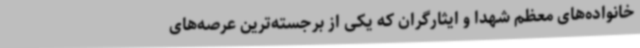
خانواده‌های معظم شهدا و ایثارگران که یکی از برجسته‌ترین عرصه‌های